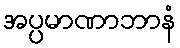
အပ္ပမာဏာဘာနံ